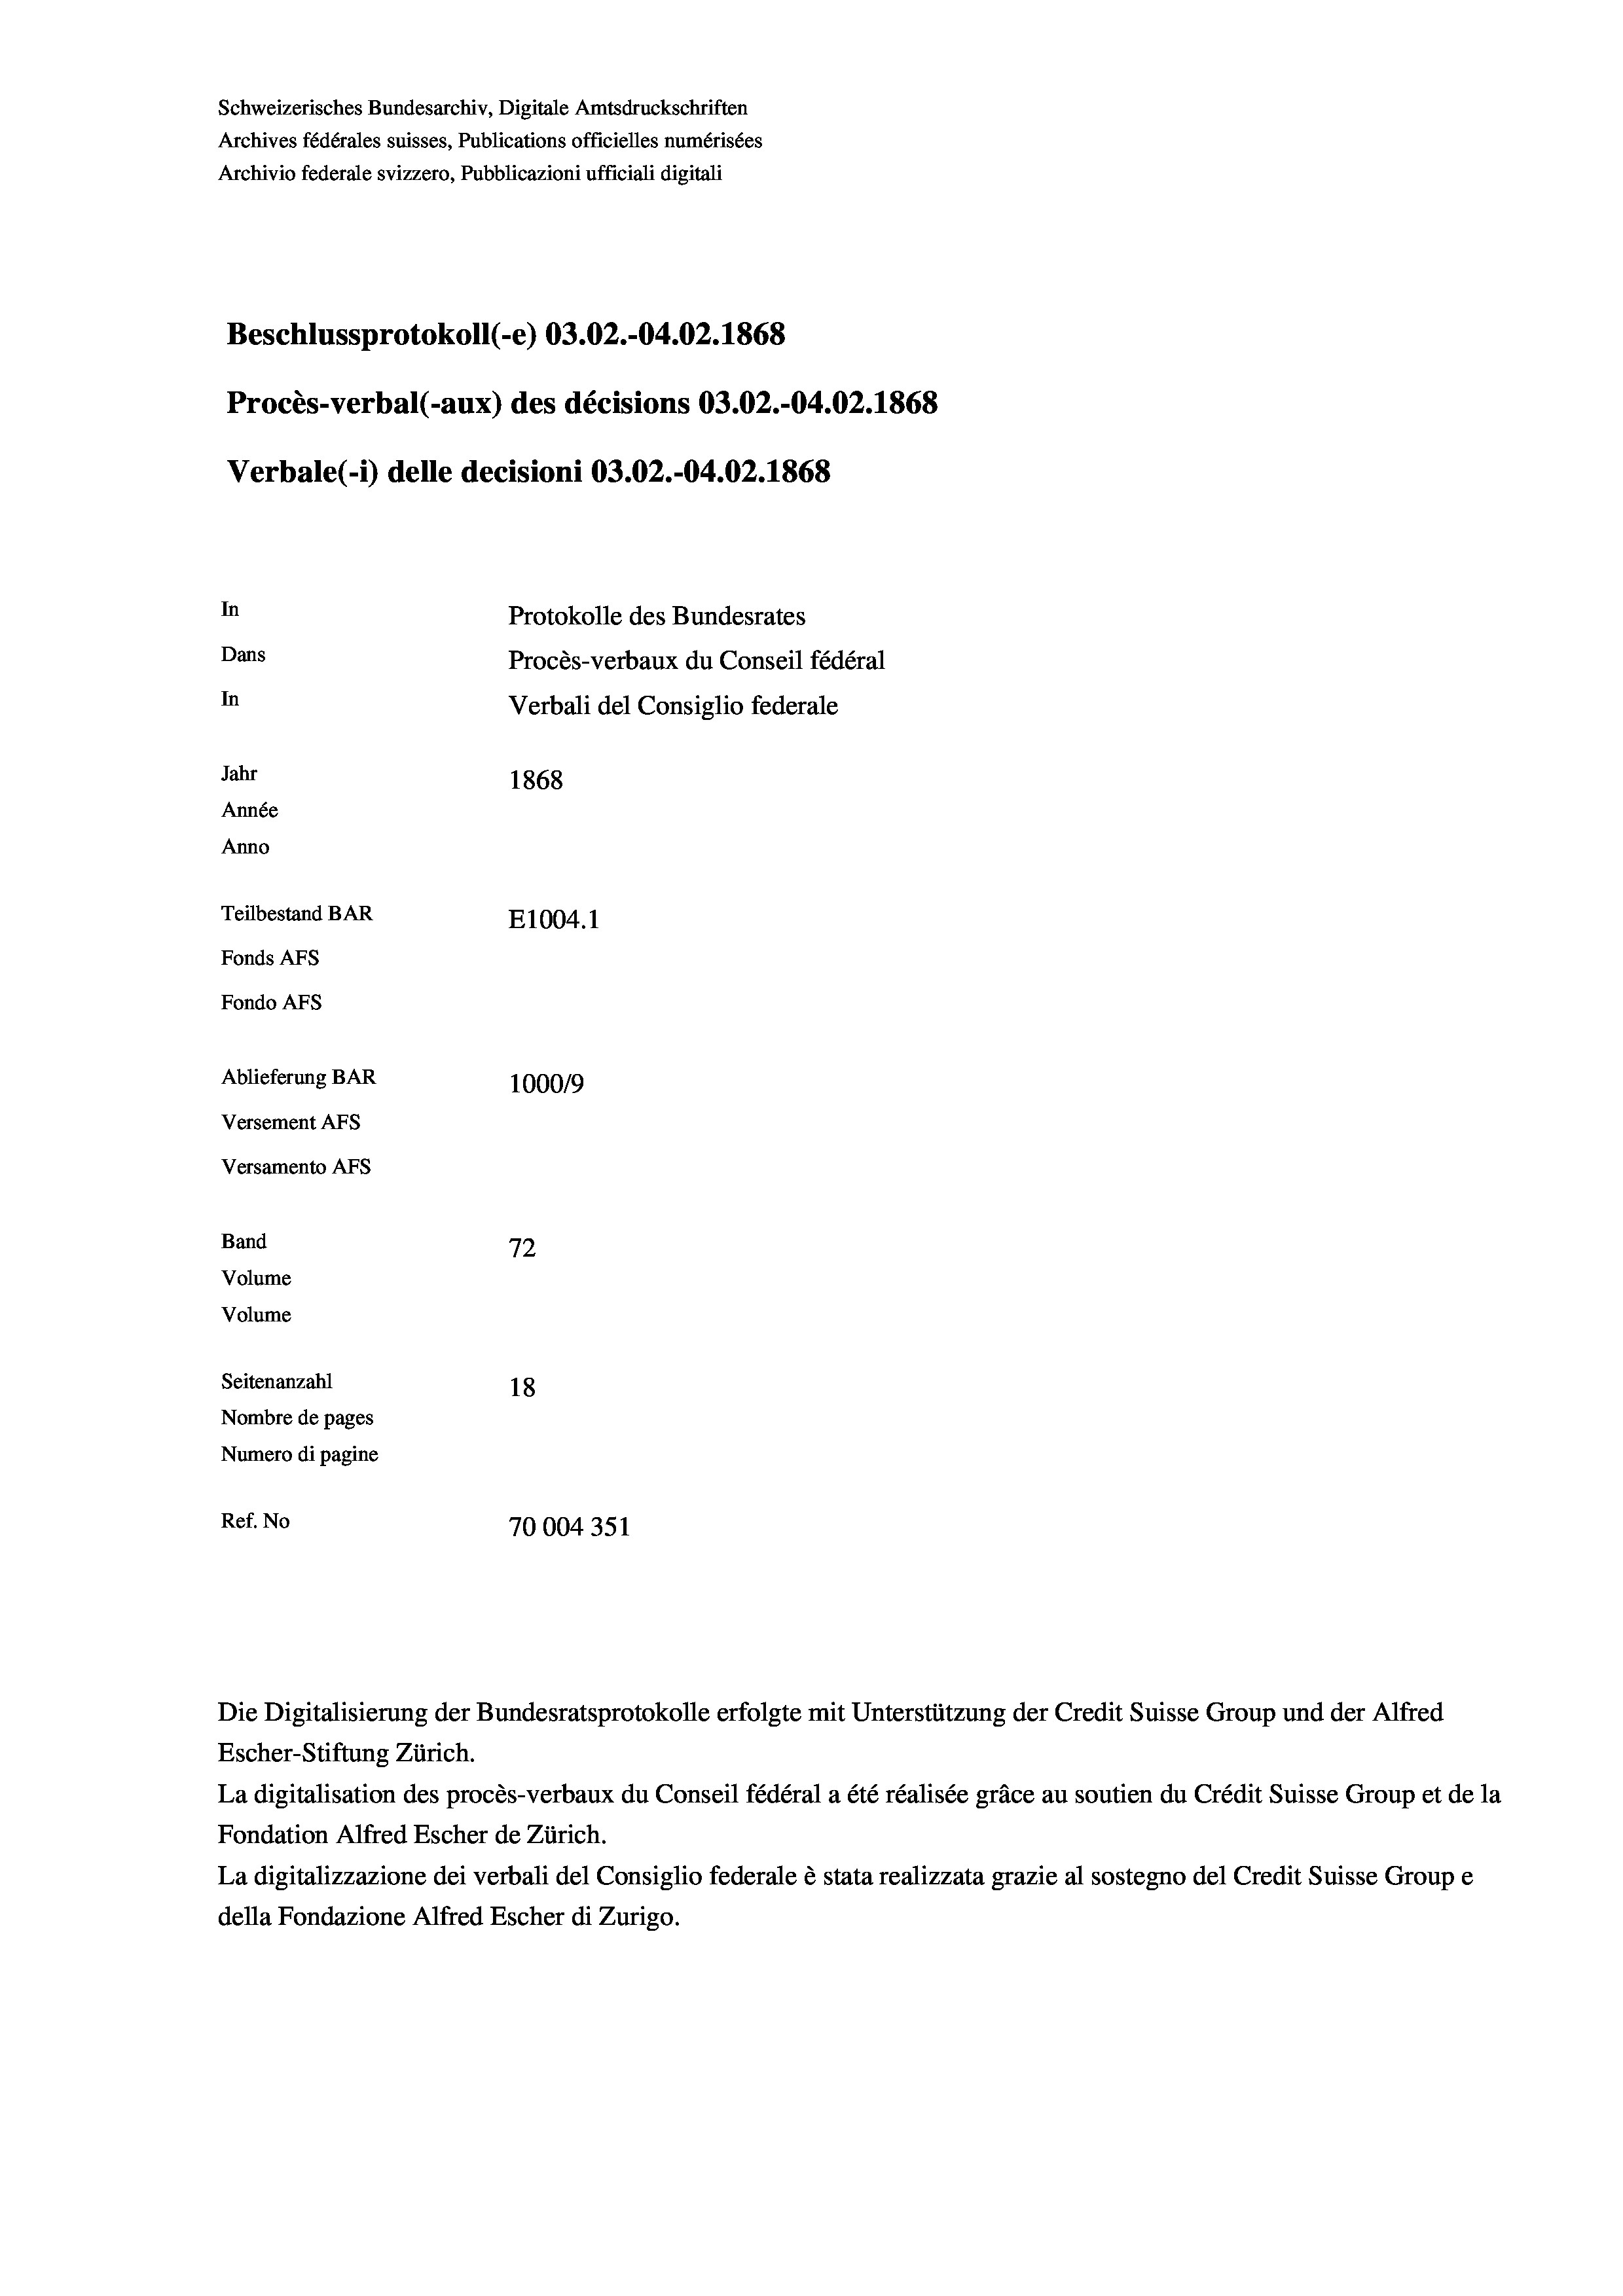
Schweizerisches Bundesarchiv, Digitale Amtsdruckschriften
Archives fédérales suisses, Publications officielles numérisées
Archivio federale svizzero, Pubblicazioni ufficiali digitali
Beschlussprotokoll (-e) 03.02.-04.02. 1868
Procès-verbal (-aux) des décisions 03.02.-04.02. 1868
Verbale(-*) delle decisioni 03.02.-04.02. 1868
In
Protokolle des Bundesrates
Dans
Procès-verbaux du Conseil fédéral
In
Verbali del Consiglio federale
Jahr
1868
Année
Anno
Teilbestand BAR
E1004. 1
Fonds AFs
Fondo Afs
Ablieferung BAR
1000/9
Versement AFs
Versamento AFs
e
Band
72
Volume
Volume
Seitenanzahl
18
Nombre de pages
Numero di pagine

Ref. No
70004351

Escher-Stiftung Zürich.
La digitalisation des procès-verbaux du Conseil fédéral a été réalisée gräce au soutien du Crédit Suisse Group et de la
Fondation Alfred Escher de Zürich.
La digitalizzazione dei verbali del Consiglio federale è stata realizzata grazie al sostegno del Credit Suisse Groupe
della Fondazione Alfred Escher di Zurigo.

Die Digitalisierung der Bundesratsprotokolle erfolgte mit Unterstützung der Credit Suisse Group und der Alfred